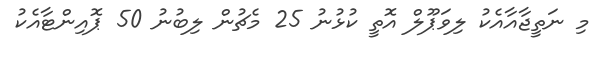
މި ނަތީޖާއާއެކު ލިވަޕޫލް އޮތީ ކުޅުނު 25 މެޗުން ލިބުނު 50 ޕޮއިންޓާއެކު